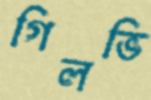
গিলভি